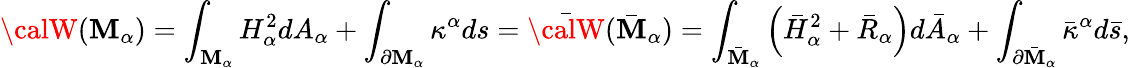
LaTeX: {\calW}(\mathbf{M}_{\alpha})=\int_{\mathbf{M}_{\alpha}}H_{\alpha}^{2}dA_{\alpha}+\int_{\partial\mathbf{M}_{\alpha}}\kappa^{\alpha}ds=\bar{{\calW}}(\bar{{\mathbf{M}}}_{\alpha})=\int_{\bar{{\mathbf{M}}}_{\alpha}}\left(\bar{{H}}_{\alpha}^{2}+\bar{{R}}_{\alpha}\right)d\bar{{A}}_{\alpha}+\int_{\partial\bar{{\mathbf{M}}}_{\alpha}}\bar{{\kappa}}^{\alpha}d\bar{{s}},